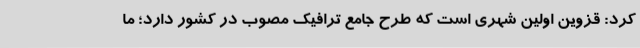
کرد: قزوین اولین شهری است که طرح جامع ترافیک مصوب در کشور دارد؛ ما